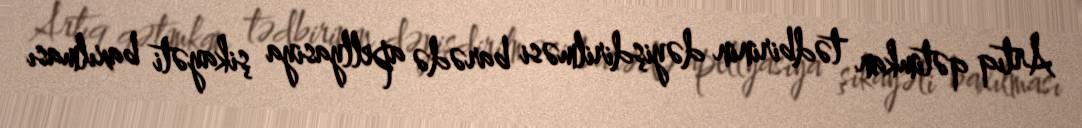
Artıq qətimkan tədbirinin dəyişdirilməsi barədə apellyasiya şikayəti baxılması